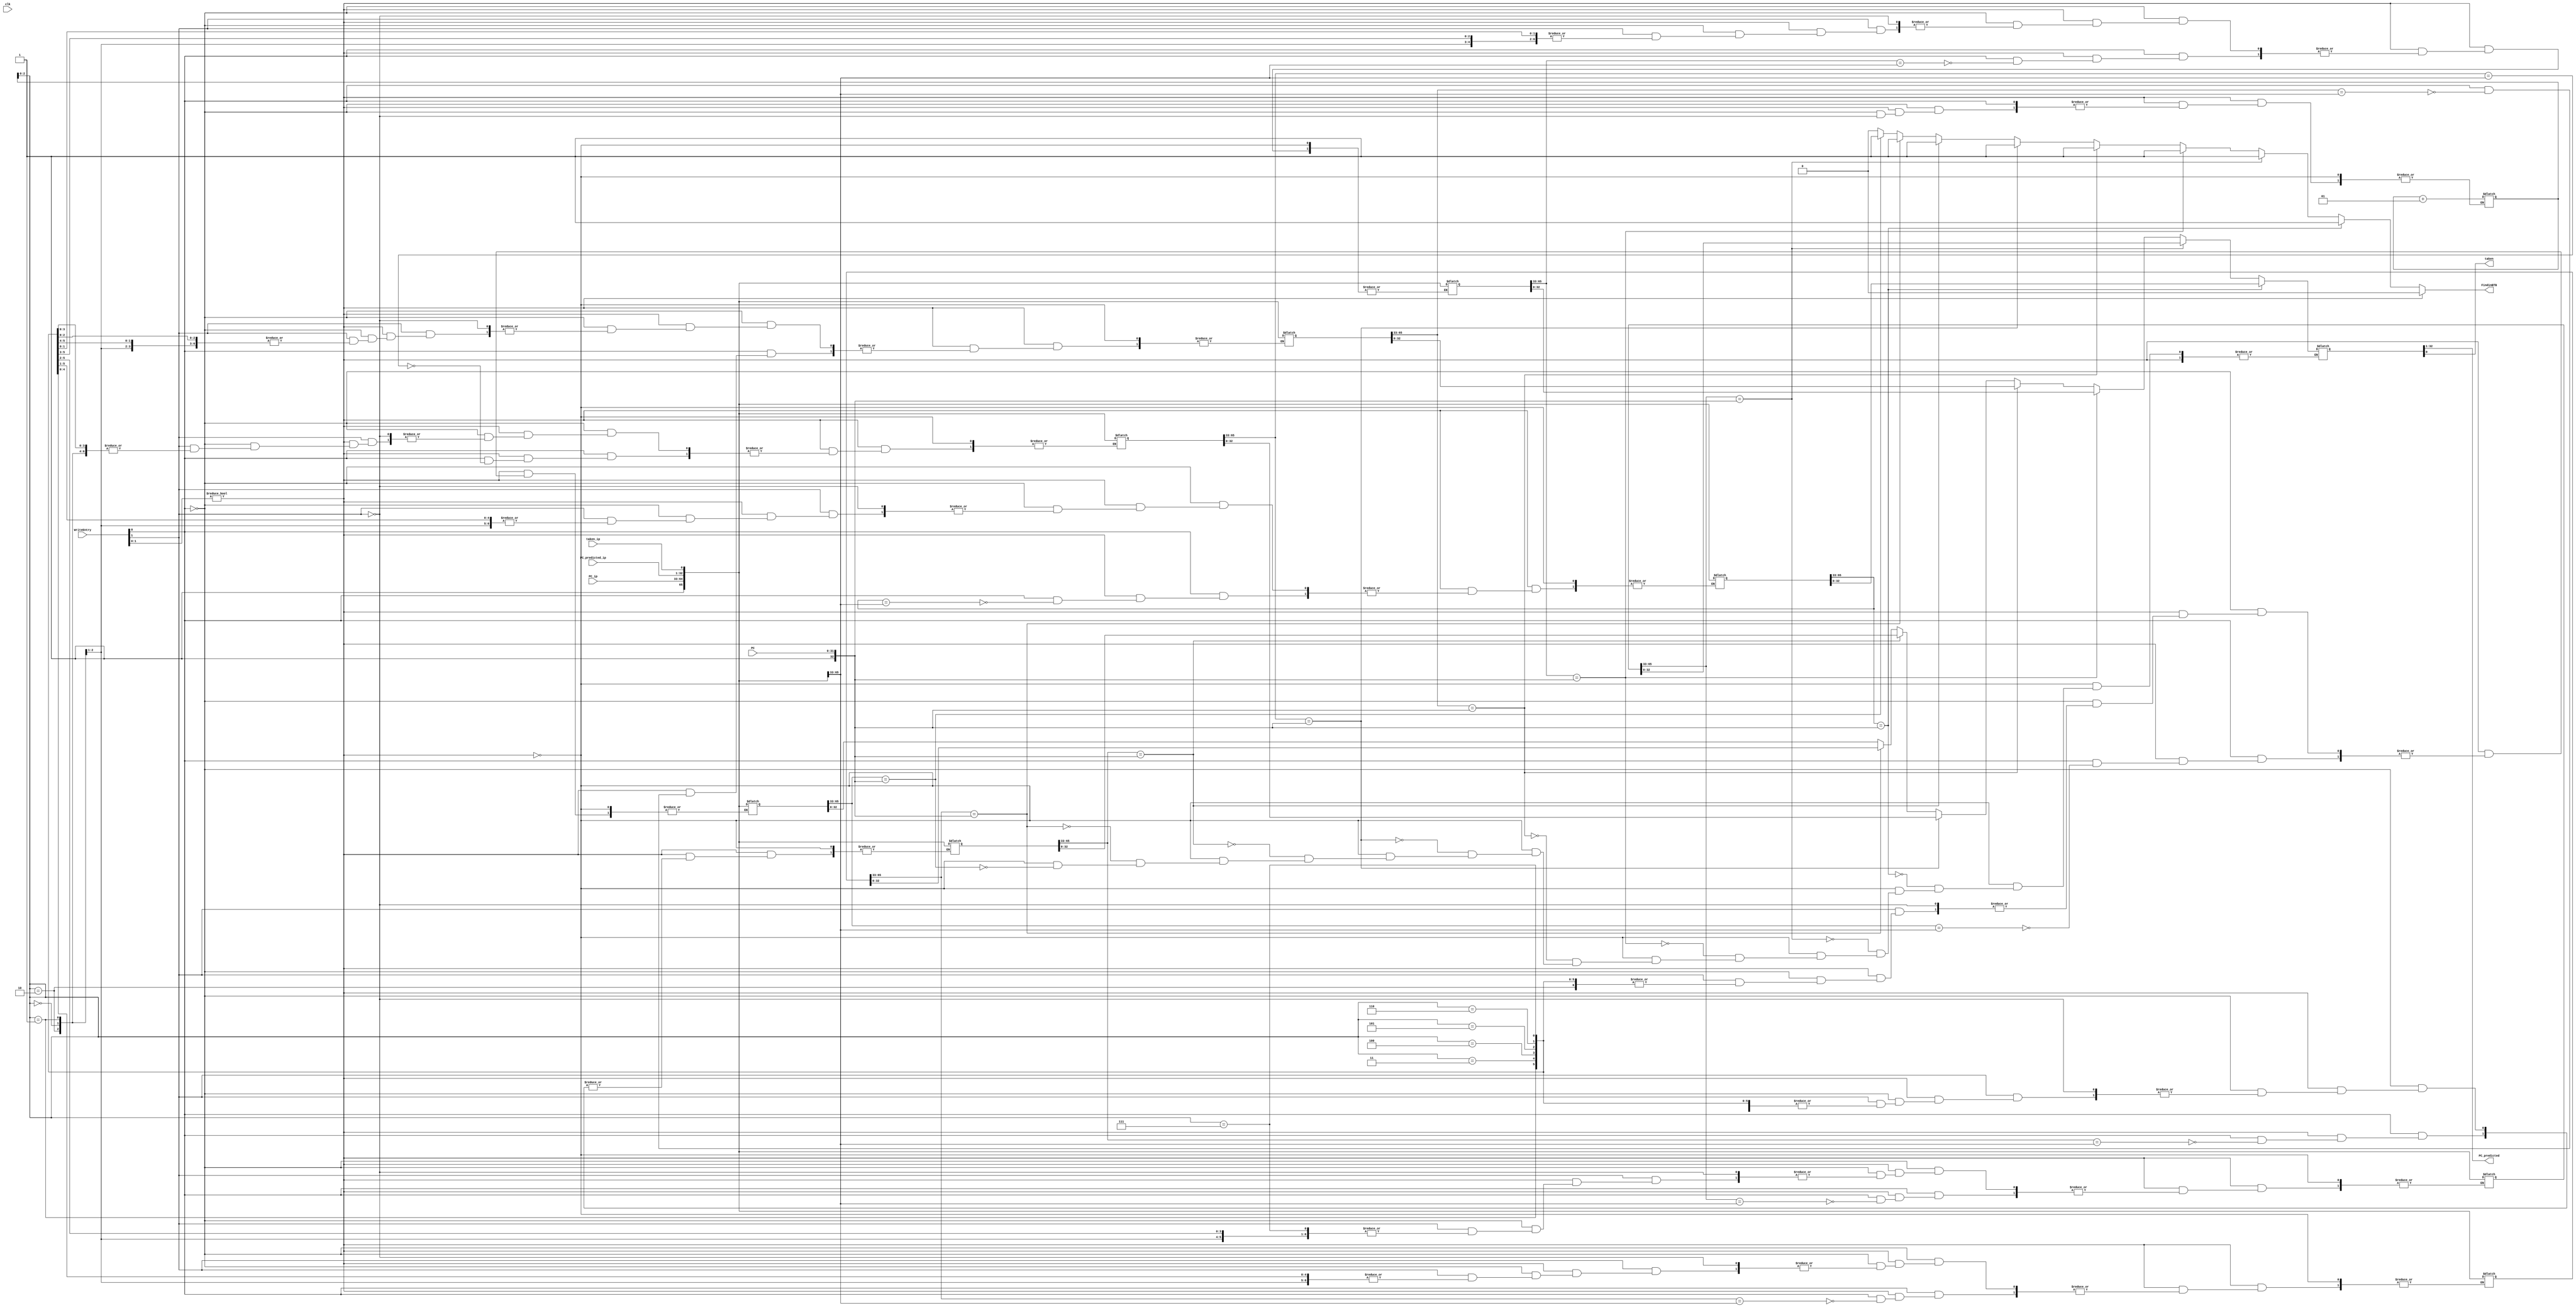
`timescale 1ns / 1ps
//////////////////////////////////////////////////////////////////////////////////
// Company: 
// Engineer: 
// 
// Design Name: 
// Module Name:    Branch_Target_Buffer 
// Project Name: 
// Target Devices: 
// Tool versions: 
// Description: 
//
// Dependencies: 
//
// Revision: 
// Revision 0.01 - File Created
// Additional Comments: 
//
//////////////////////////////////////////////////////////////////////////////////
module Branch_Target_Buffer(
PC,
PC_ip,
PC_predicted_ip,
taken_ip,
PC_predicted,
taken,
WriteEntry,
FindinBTB,
clk
    );
	 
input [31:0] PC,PC_ip, PC_predicted_ip;
input clk, taken_ip;//WriteEntry tells that write this entry into BTB
input [2:0] WriteEntry;//[UsePCstage2,Noentry,Decision]
output [31:0] PC_predicted;
output taken, FindinBTB;

reg FindinBTB;
reg [65:0] LookUp [7:0];//{Valid Bit, PC, Predicted PC, Taken}

integer i;
integer CurrentLoc;// as 8 entries in LookUp
reg [32:0] Intermediate;
reg flag;
initial 
begin
		for(i=0;i<8;i=i+1)
		begin
			LookUp[i] = 66'd0;
			
		end
		//LookUp[0] = 66'h20000004800000020;
		CurrentLoc = 3'd0;
		Intermediate = 33'd0;
		FindinBTB = 1'b0;
		flag =0;
		i = 0;
end


always @ (PC, WriteEntry, PC_predicted_ip, taken_ip, PC_ip)
begin
	if (WriteEntry[1:0])
	begin

		if (WriteEntry[0])
		begin
			for(i=0;i<8;i=i+1)
			begin
				if(LookUp[i][65:33] == {1'b1, PC_ip})
				begin
					LookUp[i] = {1'b1, PC_ip, PC_predicted_ip, taken_ip};  //overwrite current decision
					//flag = 1'b1;
				end
			end
		end
		else if (WriteEntry[1])//no entry in BTB
		begin
			LookUp[CurrentLoc] = {1'b1, PC_ip, PC_predicted_ip, taken_ip}; 
   		CurrentLoc = CurrentLoc + 1; 
		end
		FindinBTB = 1'b0;
	end
	else
	begin
		FindinBTB = 1'b0;
		for(i=0;i<8;i=i+1)
		begin
			if (LookUp[i][65:33] == {1'b1, PC})
			begin
				Intermediate = LookUp[i][32:0];
				FindinBTB = 1'b1;
			end
		end
	end
end

//always @ (posedge WriteEntry)
//begin
//		//flag = 1'b0;
//		for(i=0;i<8;i=i+1)
//		begin
//			if(LookUp[i][65:33] == {1'b1, PC_ip})
//			begin
//				LookUp[i] = {1'b1, PC_ip, PC_predicted_ip, taken_ip};  //overwrite current decision
//				flag = 1'b1;
//			end	
//		end
//		if (flag == 1'b0)
//		begin
//			LookUp[CurrentLoc] = {1'b1, PC_ip, PC_predicted_ip, taken_ip}; 
//			CurrentLoc = CurrentLoc + 1; 
//		end
//		FindinBTB = 1'b0;
//end
assign {PC_predicted, taken} = Intermediate;

endmodule